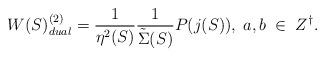
LaTeX: \begin{align*}W(S)_{dual}^{(2)} = \frac{1}{\eta^2(S)}\frac{1}{{\tilde \Sigma}(S)} P(j(S)),\;a, b\;\in\;Z^{\dagger}.\end{align*}